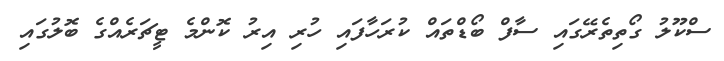
ސްކޫލު ގޯތިތެރޭގައި ސާފް ބޯޑްތައް ކުރަހާފައި ހުރި އިރު ކޮންމެ ޓީޗަރެއްގެ ބޮލުގައި